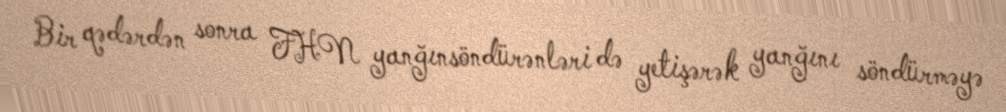
Bir qədərdən sonra FHN yanğınsöndürənləri də yetişərək yanğını söndürməyə